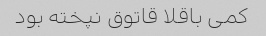
کمی باقلا قاتوق نپخته بود